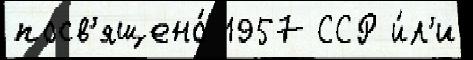
посв'ящено́ 1957 ССР и́л'и